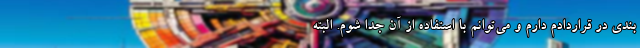
بندی در قراردادم دارم و می‌توانم با استفاده از آن جدا شوم. البته